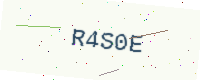
Text: R4S0E